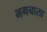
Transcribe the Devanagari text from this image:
भगनासा